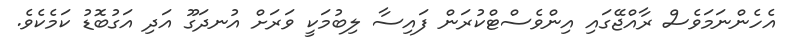
އެހެންނަމަވެސް ރާއްޖޭގައި އިންވެސްޓްކުރަން ފައިސާ ލިބުމަކީ ވަރަށް އުނދަގޫ އަދި އަގުބޮޑު ކަމެކެވެ.